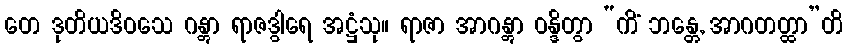
တေ ဒုတိယဒိဝသေ ဂန္တွာ ရာဇဒွါရေ အဋ္ဌံသု။ ရာဇာ အာဂန္တွာ ဝန္ဒိတွာ “ကိံ ဘန္တေ, အာဂတတ္ထာ”တိ